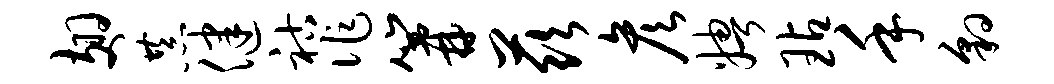
翅恭健祜作篝兹彦娉玷手豹